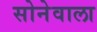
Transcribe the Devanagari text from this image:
सोनेवाला